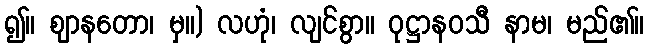
၍။ ဈာနတော၊ မှ။) လဟုံ၊ လျင်စွာ။ ဝုဋ္ဌာနဝသီ နာမ၊ မည်၏။